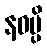
နဝမ္ပိ